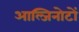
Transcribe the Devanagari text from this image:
आल्जिनोटों